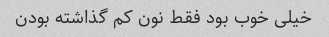
خیلی خوب بود فقط نون کم گذاشته بودن